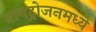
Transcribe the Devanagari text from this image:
नायट्रोजनमध्ये